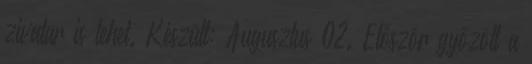
zivatar is lehet. Készült: Augusztus 02. Először győzött a